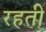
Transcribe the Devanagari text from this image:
रहती